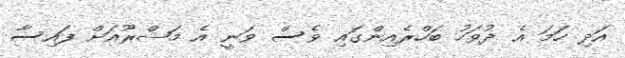
އަދި ހަމަ އެ ދުވަހު ބަހްރެއިންގައި ވެސް ވަނީ އެ މަޝްރޫއަށް ފައިސާ